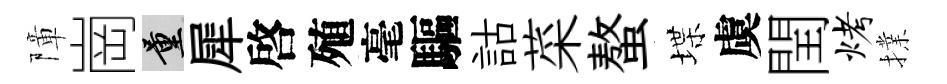
障崗量犀啓殖毫驅詁菜螯堞虞閏烤擈